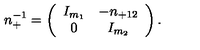
n _ { + } ^ { - 1 } = \left( \begin{array} { c c } { I _ { m _ { 1 } } } & { - n _ { + 1 2 } } \\ { 0 } & { I _ { m _ { 2 } } } \\ \end{array} \right) .